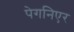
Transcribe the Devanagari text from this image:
पेगनिएर